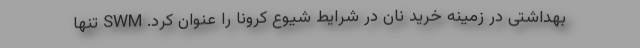
بهداشتی در زمینه خرید نان در شرایط شیوع کرونا را عنوان کرد. SWM تنها